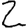
Digit: 2